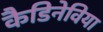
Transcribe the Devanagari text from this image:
कैडिनेविया